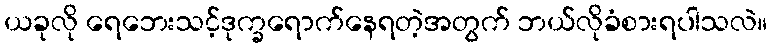
ယခုလို ရေဘေးသင့်ဒုက္ခရောက်နေရတဲ့အတွက် ဘယ်လိုခံစားရပါသလဲ။